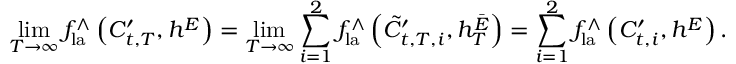
\operatorname* { l i m } _ { T \to \infty } f _ { \mathrm { l a } } ^ { \wedge } \left( C _ { t , T } ^ { \prime } , h ^ { E } \right) = \operatorname* { l i m } _ { T \to \infty } \sum _ { i = 1 } ^ { 2 } f _ { \mathrm { l a } } ^ { \wedge } \left( { \tilde { C } } _ { t , T , i } ^ { \prime } , h _ { T } ^ { \bar { E } } \right) = \sum _ { i = 1 } ^ { 2 } f _ { \mathrm { l a } } ^ { \wedge } \left( C _ { t , i } ^ { \prime } , h ^ { E } \right) .